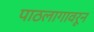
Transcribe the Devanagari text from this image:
पाठलागावरून